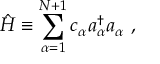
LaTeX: \hat { H } \equiv \sum _ { \alpha = 1 } ^ { N + 1 } c _ { \alpha } a _ { \alpha } ^ { \dagger } a _ { \alpha } \ ,